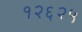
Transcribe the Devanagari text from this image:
१२६२५